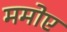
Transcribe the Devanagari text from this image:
ममोए